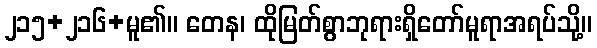
၂၁၅+၂၁၆+မူ၏။ တေန၊ ထိုမြတ်စွာဘုရားရှိတော်မူရာအရပ်သို့။